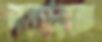
নয়্যারকে